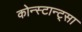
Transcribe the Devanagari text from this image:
कोन्स्टान्ट्सा